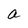
Character: a